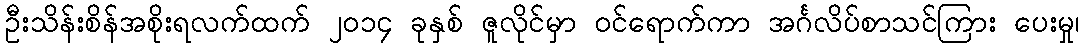
ဦးသိန်းစိန်အစိုးရလက်ထက် ၂၀၁၄ ခုနှစ် ဇူလိုင်မှာ ၀င်ရောက်ကာ အင်္ဂလိပ်စာသင်ကြား ပေးမှု၊